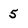
Character: 5